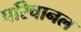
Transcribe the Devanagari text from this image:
परिचानल